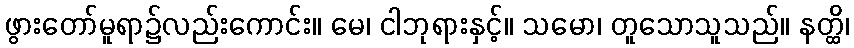
ဖွားတော်မူရာ၌လည်းကောင်း။ မေ၊ ငါဘုရားနှင့်။ သမော၊ တူသောသူသည်။ နတ္ထိ၊